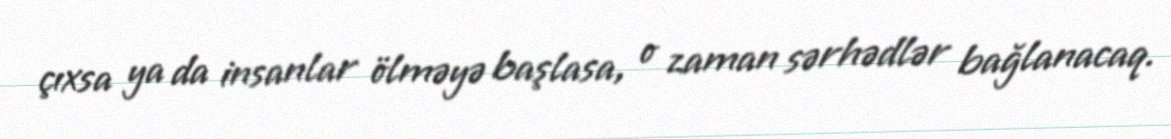
çıxsa ya da insanlar ölməyə başlasa, o zaman sərhədlər bağlanacaq.